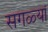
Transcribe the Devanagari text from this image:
सगळ्यां